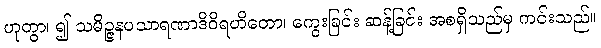
ဟုတွာ၊ ၍ သမိဉ္ဇနပသာရဏာဒိဝိရဟိတော၊ ကွေးခြင်း ဆန့်ခြင်း အစရှိသည်မှ ကင်းသည်။